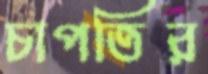
চাপতির